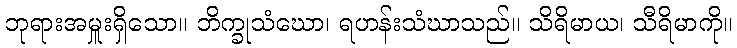
ဘုရားအမှူးရှိသော။ ဘိက္ခုသံဃော၊ ရဟန်းသံဃာသည်။ သိရိမာယ၊ သီရိမာကို။